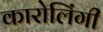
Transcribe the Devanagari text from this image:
कारोलिंगी